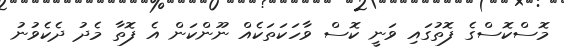
މޮސްކޮސްގެ ފޮތުގައި ވަނީ ކޮސް ވާހަކަތަކެއް ނޫންކަން އެ ފޮތާ މެދު ދެކެވުނު